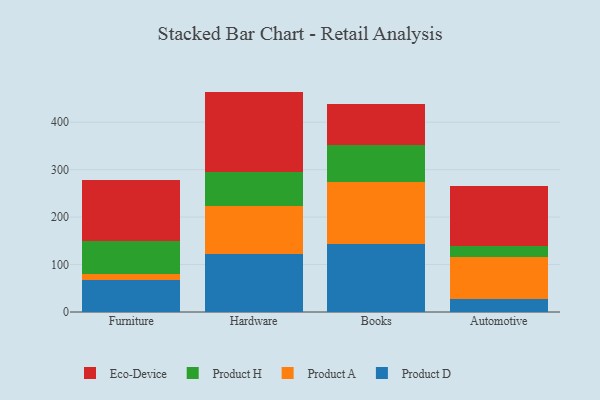
{"axis": {"x": "Category", "y": "Tickets Resolved"}, "legend": ["Eco-Device", "Product A", "Product D", "Product H"], "data": [{"x": "Furniture", "y": 67.7, "type": "Product D"}, {"x": "Furniture", "y": 13.4, "type": "Product A"}, {"x": "Furniture", "y": 67.5, "type": "Product H"}, {"x": "Furniture", "y": 128.6, "type": "Eco-Device"}, {"x": "Hardware", "y": 122.9, "type": "Product D"}, {"x": "Hardware", "y": 100.8, "type": "Product A"}, {"x": "Hardware", "y": 72.1, "type": "Product H"}, {"x": "Hardware", "y": 168.7, "type": "Eco-Device"}, {"x": "Books", "y": 144.0, "type": "Product D"}, {"x": "Books", "y": 129.3, "type": "Product A"}, {"x": "Books", "y": 78.7, "type": "Product H"}, {"x": "Books", "y": 85.5, "type": "Eco-Device"}, {"x": "Automotive", "y": 28.3, "type": "Product D"}, {"x": "Automotive", "y": 88.4, "type": "Product A"}, {"x": "Automotive", "y": 21.8, "type": "Product H"}, {"x": "Automotive", "y": 127.0, "type": "Eco-Device"}]}